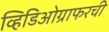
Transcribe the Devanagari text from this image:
व्हिडिओग्राफरची